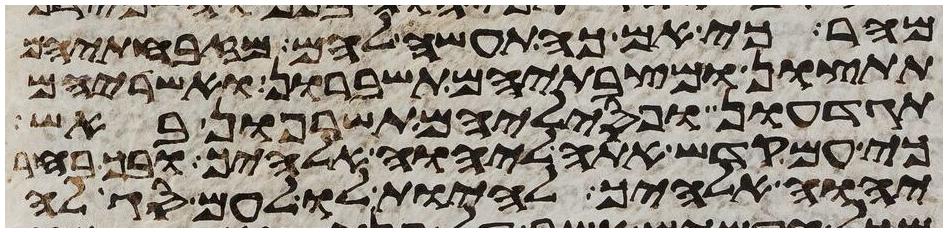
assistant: מהר כי אם כה תעשה להם מזבחתיהם
תתצון ומצבתיהם תשברון ואשריהם
תגדעון ופסיליהם תשרפון באש
כי עם קדש אתה ליהוה אלהיך ובך בחר
יהוה אלהיך להיות לו לעם סגלה